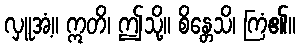
လှူအံ့။ ဣတိ၊ ဤသို့။ စိန္တေသိ၊ ကြံ၏။